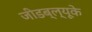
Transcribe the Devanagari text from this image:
जीडब्ल्यूके